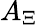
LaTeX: A_{\Xi}